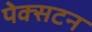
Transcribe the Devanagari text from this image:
पेक्‍सटन